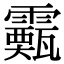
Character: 𩆙